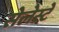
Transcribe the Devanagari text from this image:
सेलेस्टे